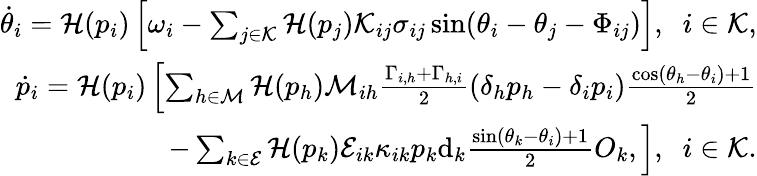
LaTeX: \begin{array}{r}{\dot{\theta}_{i}=\mathcal{H}(p_{i})\left[\omega_{i}-\sum_{j\in\mathcal{K}}\mathcal{H}(p_{j})\mathcal{K}_{ij}\sigma_{ij}\sin(\theta_{i}-\theta_{j}-\Phi_{ij})\right],\; \; i\in\mathcal{K},}\\ {\dot{p}_{i}=\mathcal{H}(p_{i})\left[\sum_{h\in\mathcal{M}}\mathcal{H}(p_{h})\mathcal{M}_{ih}\frac{\Gamma_{i,h}+\Gamma_{h,i}}{2}(\delta_{h}p_{h}-\delta_{i}p_{i})\frac{\cos(\theta_{h}-\theta_{i})+1}{2}\right.}\\ {-\left.\sum_{k\in\mathcal{E}}\mathcal{H}(p_{k})\mathcal{E}_{ik}\kappa_{ik}p_{k}\mathrm{d}_{k}\frac{\sin(\theta_{k}-\theta_{i})+1}{2}O_{k},\right],\; \; i\in\mathcal{K}.}\end{array}